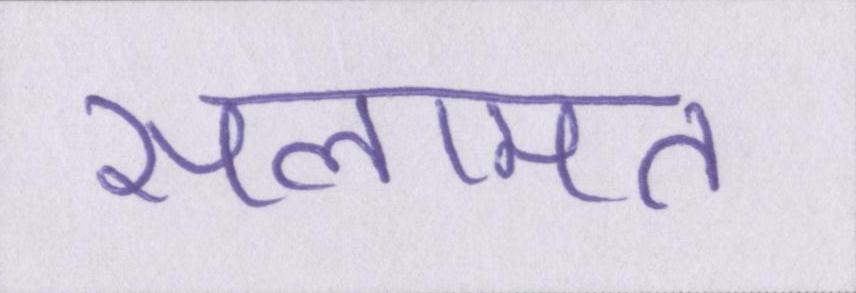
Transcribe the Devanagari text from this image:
सलामत